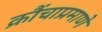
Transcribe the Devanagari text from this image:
क्रौंचाप्रमाणे